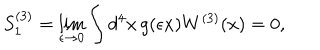
S _ { 1 } ^ { ( 3 ) } = \lim _ { \epsilon \to 0 } \int d ^ { 4 } x \, g ( \epsilon x ) W ^ { ( 3 ) } ( x ) = 0 ,